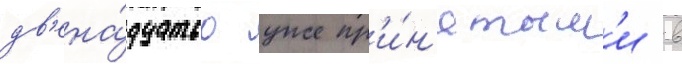
дв'ена́дцатью уже пр'и́н'ятым'и в